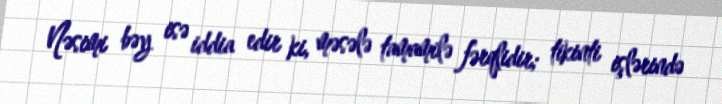
Nəsimi bəy isə iddia edir ki, məsələ tamamilə fərqlidir; tikinti işlərində